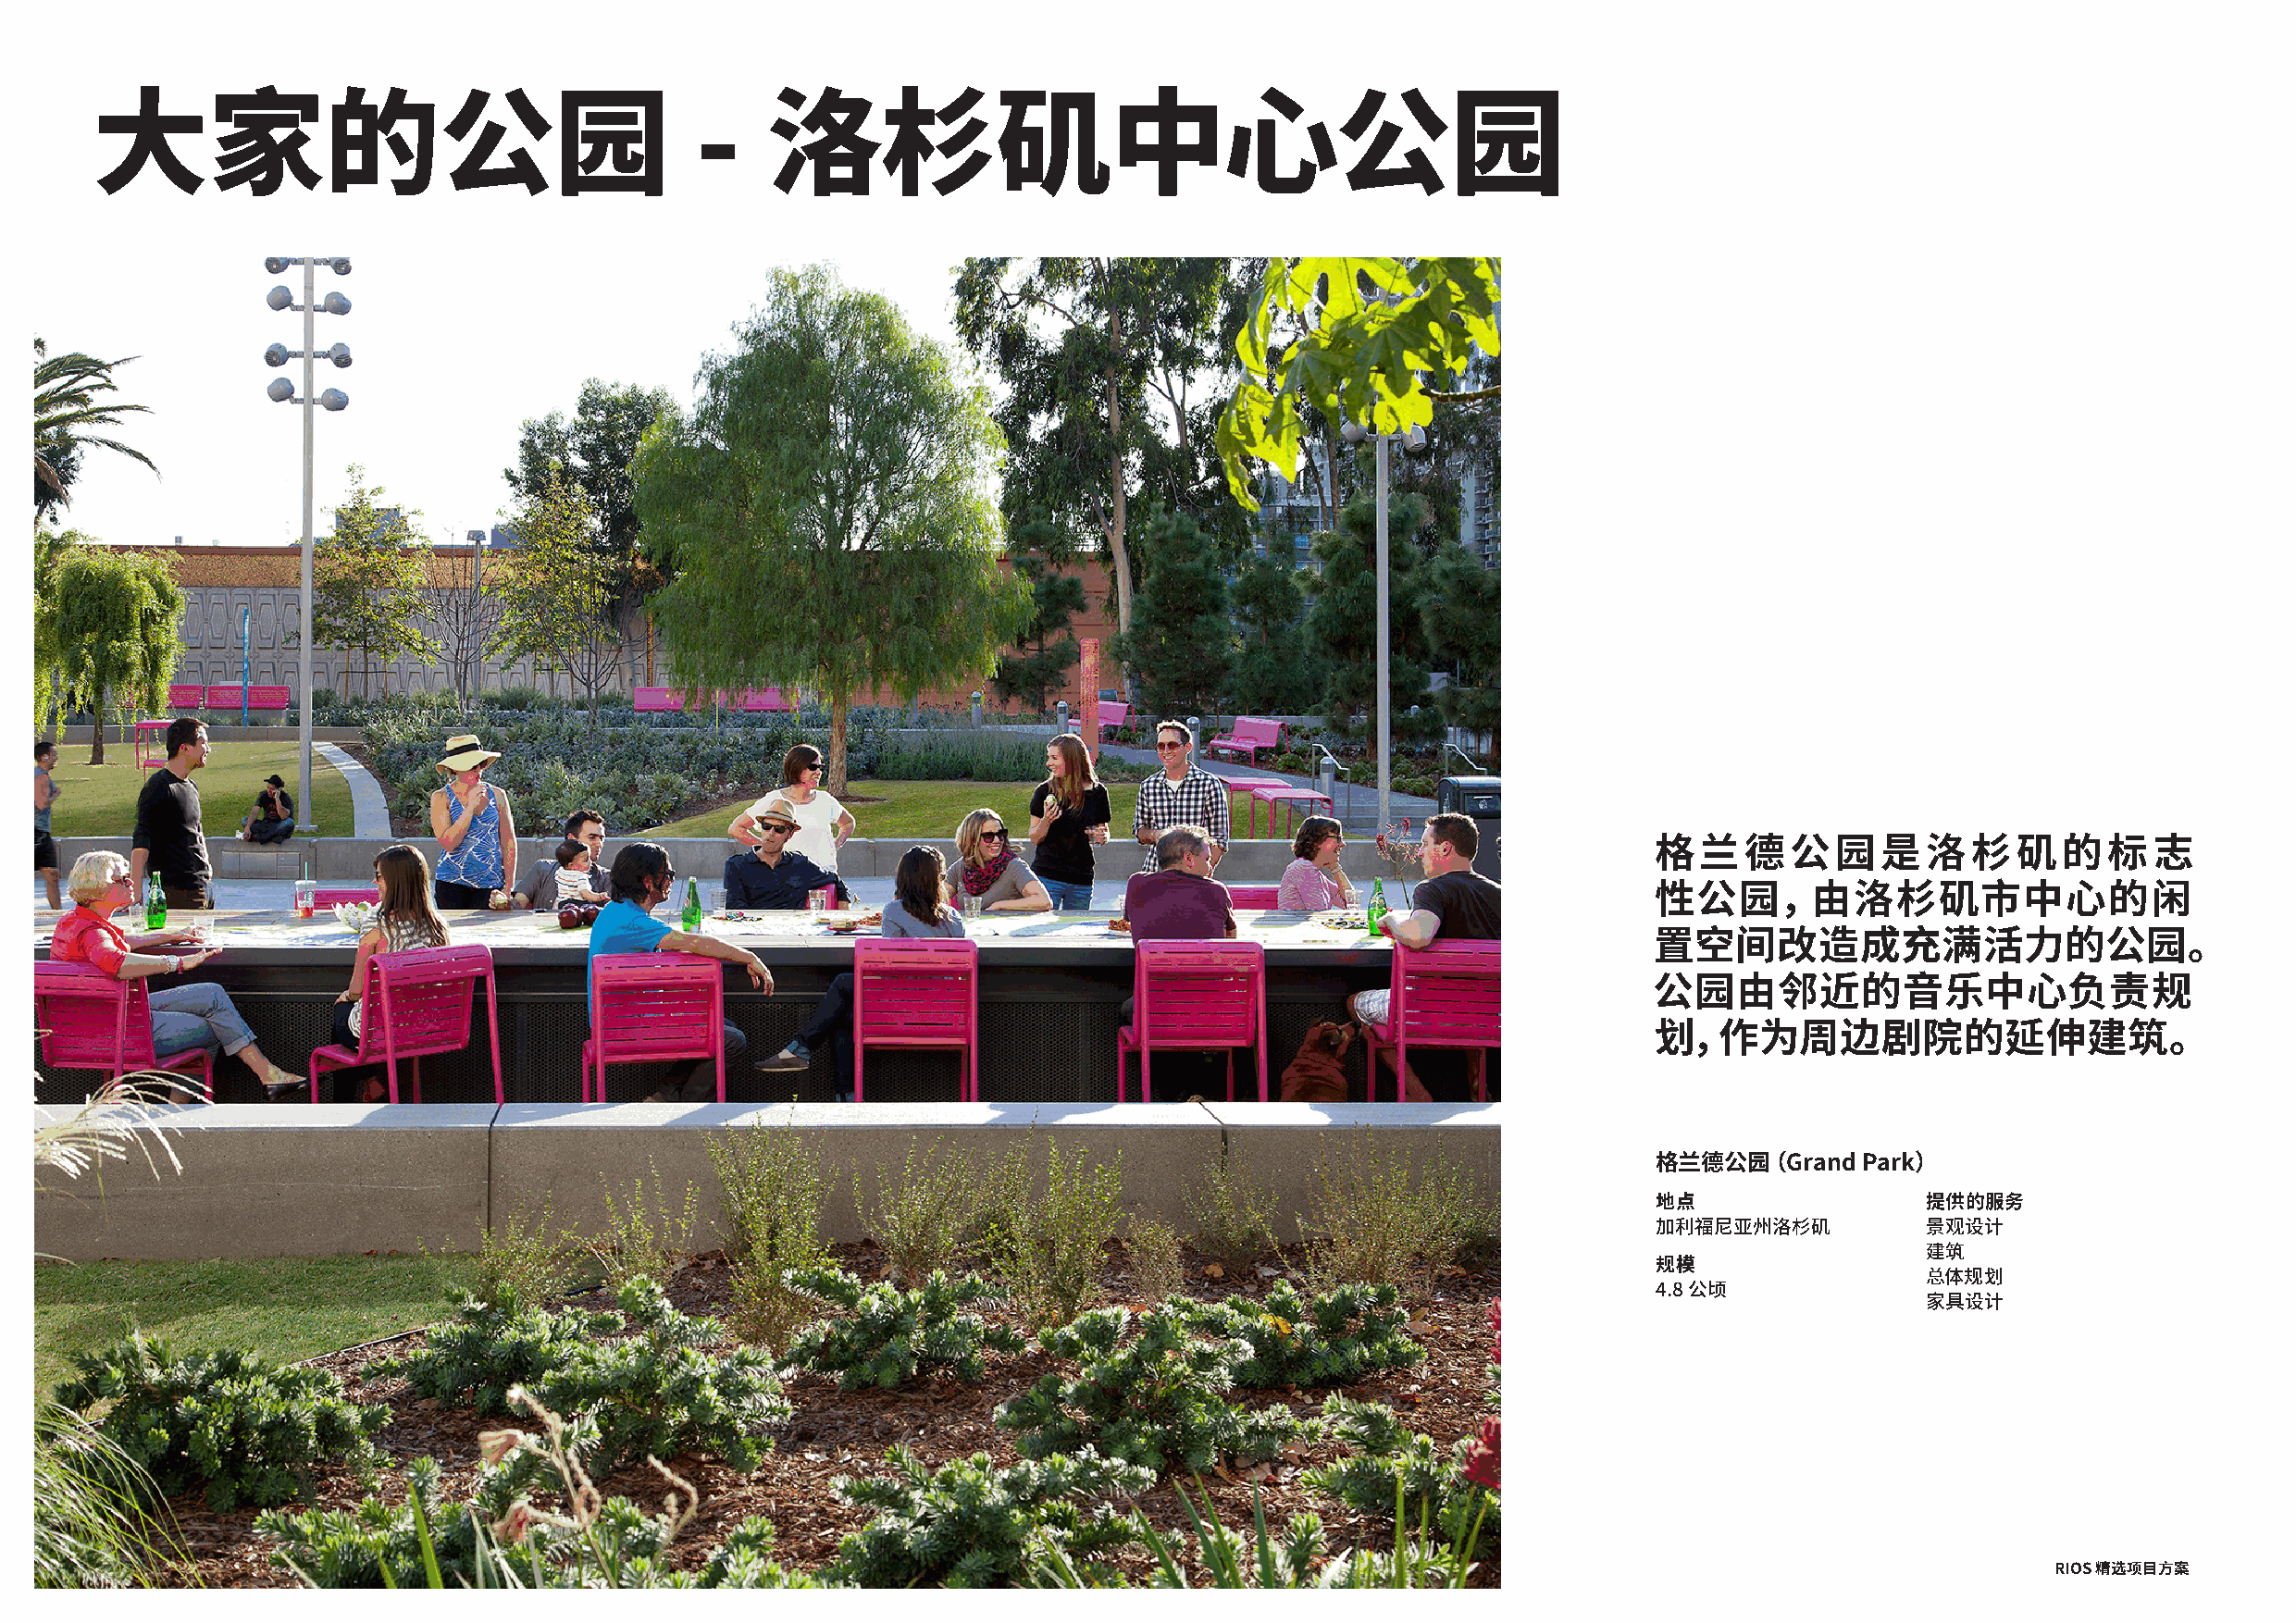
大家的公园                                      -    洛杉矶中心公园
 格兰德公园是洛杉矶的标志
 性公园，由洛杉矶市中心的闲
 置空间改造成充满活力的公园。
 公园由邻近的音乐中心负责规
 划，作为周边剧院的延伸建筑。
 格兰德公园（Grand    Park）
 地点                  提供的服务
 加利福尼亚州洛杉矶           景观设计
 建筑
 规模
 总体规划
 4.8 公顷
 家具设计
 RIOS 精选项目方案                                                                                                                                 RIOS 精选项目方案